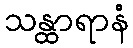
သန္ထာရာနံ